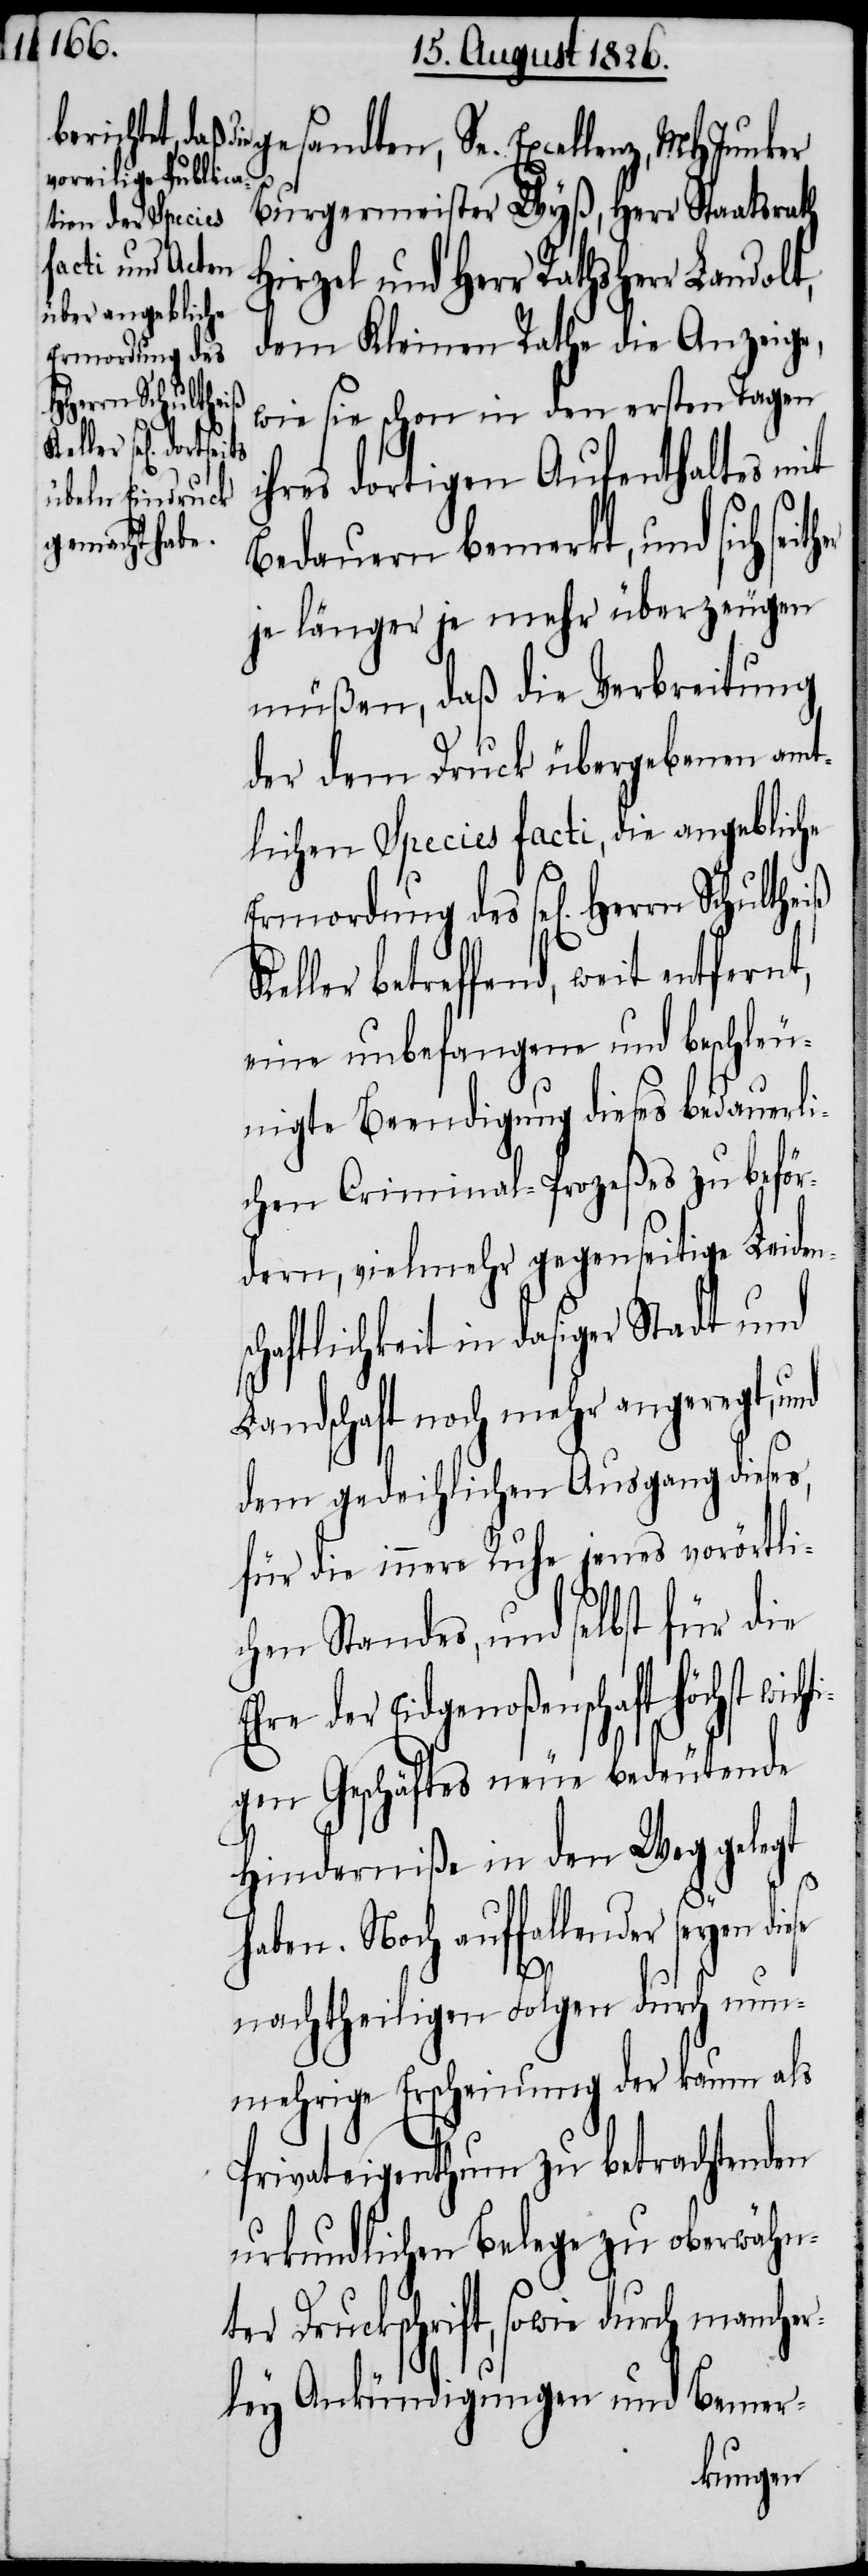
Burgermeister Wyß, Herr Staatsrath
Hirzel und Herr Rat¬
dem Kleinen Rathe die Anzeige,
wie sie schon in den ersten Tagen
st wichti¬
ihres dortigen Aufenthaltes mit
Bedauern bemerkt, und sich
je länger je mehr überzeugen
müßen, daß die Verbreitung
der dem Druck übergebenen amt¬
lichen Species facti, die angebliche
Ermordung des sel. Herrn Schultheiß
betreffend, weit entfernt,
eine unbefangene und beschleu¬
nigte Beendigung dieses bedauerli¬
chen Criminal-Prozeßes zu beför¬
dern, vielmehr gegenseitige Leidens¬
chaftlichkeit in dasiger Stadt und
Landschaft noch mehr angeregt, und
dem gedeihlichen Ausgang dieses,
für die innere Ruhe jenes vorörtli¬
chen Standes, und selbst für die
hre der Eidgenoßenschaft höch¬
gen Geschäftes neue bedeutende
Hinderniße in den Weg gelegt
se.
haben. Noch auffallender seyen die¬
se
nachtheiligen Folgen durch nun¬
mehrige Erscheinung der kaum als
Privateigenthum zu betrachtenden
urkundlichen Belege zu oberwähnt¬
er Druckschrift, sowie durch manche¬
rley Ankündigungen und Bemer-